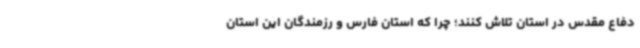
دفاع مقدس در استان تلاش کنند؛ چرا که استان فارس و رزمندگان این استان